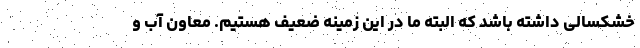
خشکسالی داشته باشد که البته ما در این زمینه ضعیف هستیم. معاون آب و